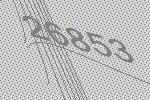
26853